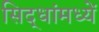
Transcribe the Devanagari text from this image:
सिद्धांमध्यें